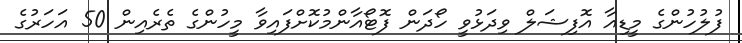
ފުލުހުންގެ މީޑިއާ އޮފިޝަލް ވިދަޅުވީ ހޯދަން ފޮޓޯއާންމުކޮށްފައިވާ މީހުންގެ ތެރެއިން 50 އަހަރުގެ